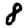
Digit: 8